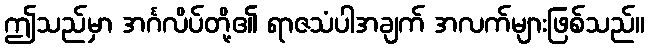
ဤသည်မှာ အင်္ဂလိပ်တို့၏ ရာဇသံပါအချက် အလက်များဖြစ်သည်။